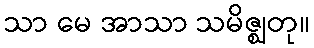
သာ မေ အာသာ သမိဇ္ဈတု။